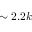
\sim 2 . 2 k